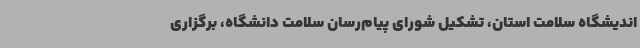
اندیشگاه سلامت استان، تشکیل شورای پیام‌رسان سلامت دانشگاه، برگزاری